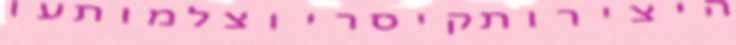
היצירותקיסריוצלמותעו